Lunatic asylums in Bengal annual reports 1899-1911 - 1899-1911
Year: 1899
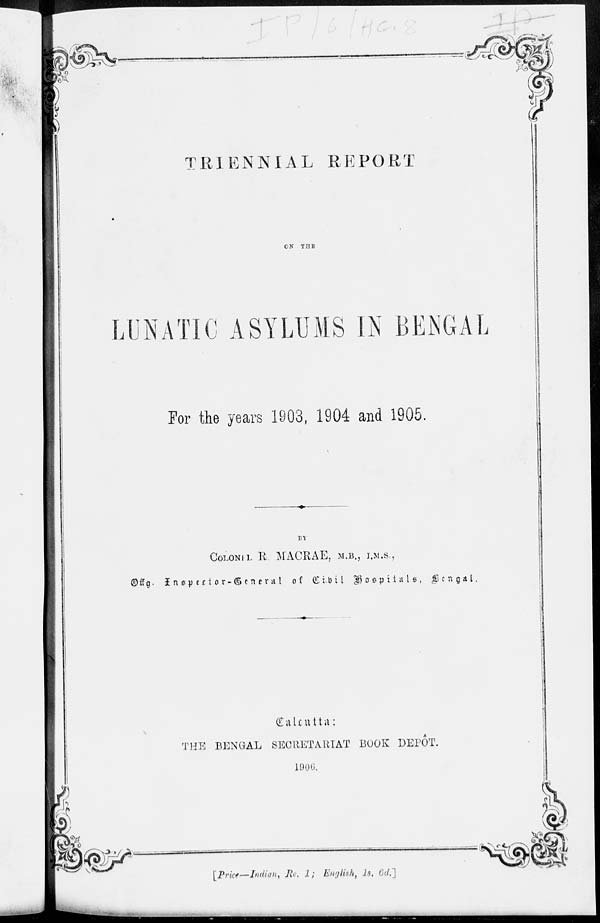
TRIENNIAL REPORT
ON
THE
LUNATIC ASYLUMS IN BENGAL
For the years 1903, 1904 and 1905.
BY
COLONEL R. MACRAE, M.B., I.M.S.,
Offg. Inspector-General of Civil
Hospitals, Bengal.
Calcutta:
THE BENGAL SECRETARIAT BOOK DEPÔT.
1906.
[Price—Indian, Re. 1;
English,1s.6d.]